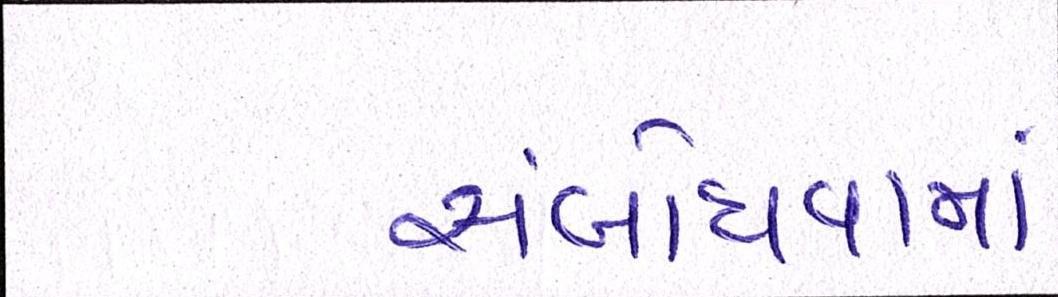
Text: સંબોધવામાં